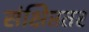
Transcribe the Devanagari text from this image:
संक्षिप्ततर